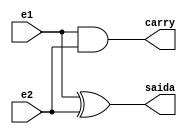
// Nome: Isabella Gonales
// Matrcula: 420120

module metodomeiasoma(saida,carry,e1,e2);
output saida,carry;
input e1,e2;

xor xor1 (saida,e1,e2);
and and1 (carry,e1,e2);

endmodule


module metodosomacompleta (soma,carryout,e1,e2,carryin);
output soma,carryout;
input e1,e2,carryin;
wire carry2;

metodomeiasoma MeiaSoma1 (saida,carry,e1,e2);
metodomeiasoma MeiaSoma2 (soma,carry2,saida,carryin);
or OR1 (carryout,carry2,carry);


endmodule


module testsomacompleta;
reg e1,e2,carryin;
wire soma,carryout;

metodosomacompleta SomaCompleta (soma,carryout,e1,e2,carryin);


initial begin: start
		e1 = 0;  e2 = 0; carryin=0;
		
end


initial begin:main

		$display("Circuito Soma Completa ");
		#1 $display("  e1 + e2  + carryin =  soma  carryout ");
		#1 $monitor("  %d + %d  +  %d    =         %d      %b", e1,e2,carryin,soma,carryout);

		#1 e1 = 0; e2 = 0; carryin=1;
		#1 e1 = 0; e2 = 1; carryin=0;
		#1 e1 = 0; e2 = 1; carryin=1;
		#1 e1 = 1; e2 = 0; carryin=0;
		#1 e1 = 1; e2 = 0; carryin=1;
		#1 e1 = 1; e2 = 1; carryin=0;
		#1 e1 = 1; e2 = 1; carryin=1;

end

endmodule


/*  Circuito Soma Completa 
      e1 + e2  + carryin =  soma  carryout 
      0 + 0  +  0    =         0      0
      0 + 0  +  1    =         1      0
      0 + 1  +  0    =         1      0
      0 + 1  +  1    =         0      1
      1 + 0  +  0    =         1      0
      1 + 0  +  1    =         0      1
      1 + 1  +  0    =         0      1
      1 + 1  +  1    =         1      1
    
     ----jGRASP: operation complete.
    
*/